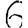
Digit: 6